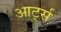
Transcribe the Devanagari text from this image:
आर्ट्स